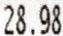
28.98